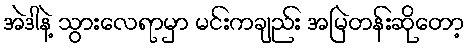
အဲဒါနဲ့ သွားလေရာမှာ မင်းကချည်း အမြဲတန်းဆိုတော့